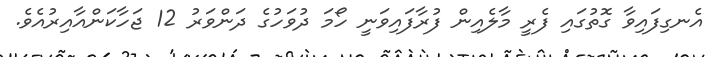
އެނގިފައިވާ ގޮތުގައި ފެރީ މާލެއިން ފުރާފައިވަނީ ހޯމަ ދުވަހުގެ ދަންވަރު 12 ޖަހާކަންއާއިރުއެވެ.